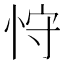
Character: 𰑚